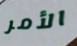
الأمر